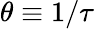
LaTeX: \theta\equiv 1/\tau